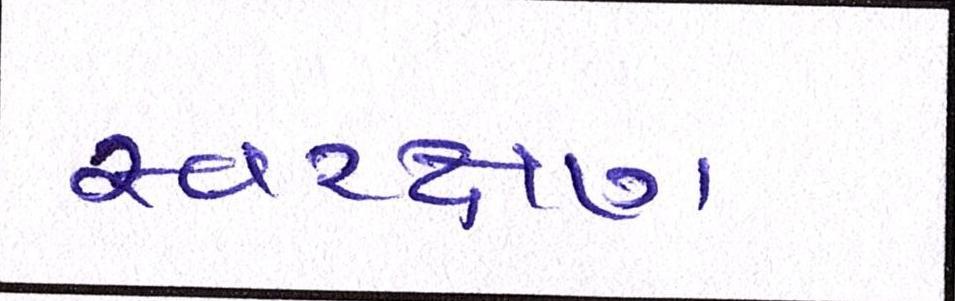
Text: સ્વરક્ષણ